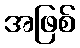
အဖြစ်